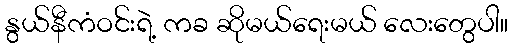
နွယ်နီကံဝင်းရဲ့ ကခ ဆိုမယ်ရေးမယ် လေးတွေပါ။